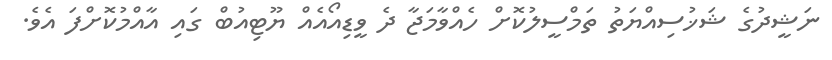
ނަޝީދުގެ ޝަޚުސިއްޔަތު ތަމްސީލުކޮށް ހެއްވާމަޖާ ދެ ވީޑިއޯއެއް ޔޫޓިއުބް ގައި އާއްމުކޮށްފަ އެވެ.